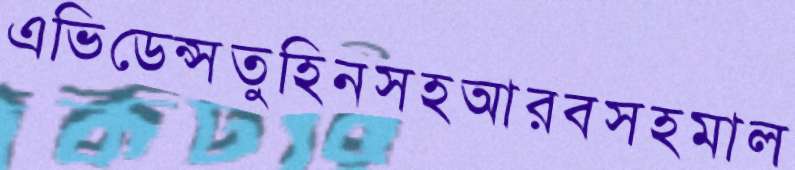
এভিডেন্সতুহিনসহআরবসহমাল